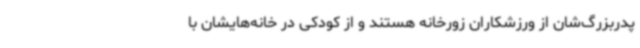
پدربزرگ‌شان از ورزشکاران زورخانه هستند و از کودکی در خانه‌هایشان با